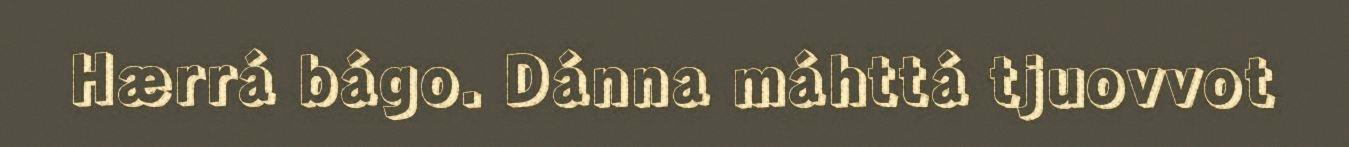
Hærrá bágo. Dánna máhttá tjuovvot